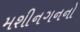
મશીનગનનો